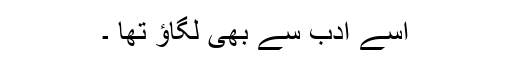
اسے ادب سے بھی لگاﺅ تھا ۔